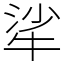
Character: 㸺